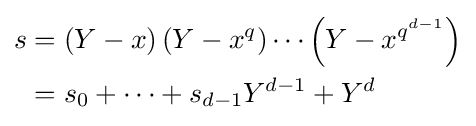
{\begin{aligned}s&=(Y-x)\left(Y-x^{q}\right)\cdots \left(Y-x^{q^{d-1}}\right)\\&=s_{0}+\cdots +s_{d-1}Y^{d-1}+Y^{d}\end{aligned}}